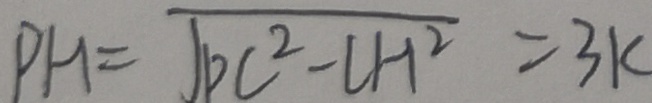
P H = \sqrt { P C ^ { 2 } - C H ^ { 2 } } = 3 k